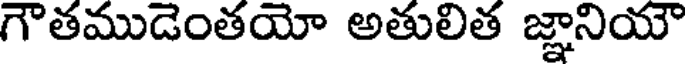
గౌతముడెంతయో అతులిత జ్ఞానియౌ